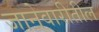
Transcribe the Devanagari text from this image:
जानेवारीतील